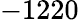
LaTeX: -1220